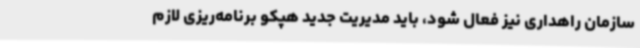
سازمان راهداری نیز فعال شود، باید مدیریت جدید هپکو برنامه‌ریزی لازم